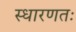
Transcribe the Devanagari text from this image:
स्धारणतः